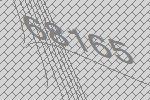
68165